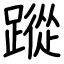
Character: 蹤